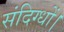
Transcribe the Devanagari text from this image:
संदिग्धों।